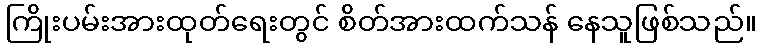
ကြိုးပမ်းအားထုတ်ရေးတွင် စိတ်အားထက်သန် နေသူဖြစ်သည်။